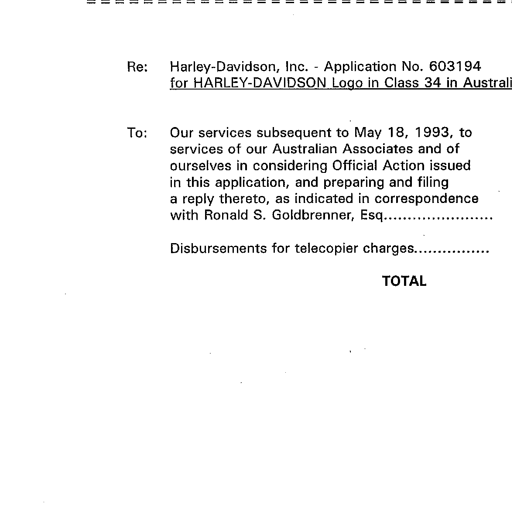
Re: Harley-Davidson, Inc. - Application No. 603194
for HARLEY-DAVIDSON Logo in Class 34 in Australi

To: Our services subsequent to May 18, 1993, to
services of our Australian Associates and of
ourselves in considering Official Action issued
in this application, and preparing and filing
a reply thereto, as indicated in correspondence
with Ronald S. Goldbrenner, Esq....................

Disbursements for telecopier charges.................

TOTAL